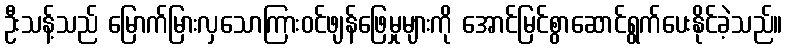
ဦးသန့်သည် မြောက်မြားလှသောကြားဝင်ဖျန်ဖြေမှုများကို အောင်မြင်စွာဆောင်ရွက်ပေးနိုင်ခဲ့သည်။